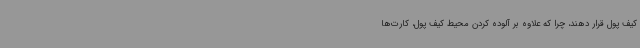
کیف پول قرار دهند، چرا که علاوه بر آلوده کردن محیط کیف پول، کارت‌ها